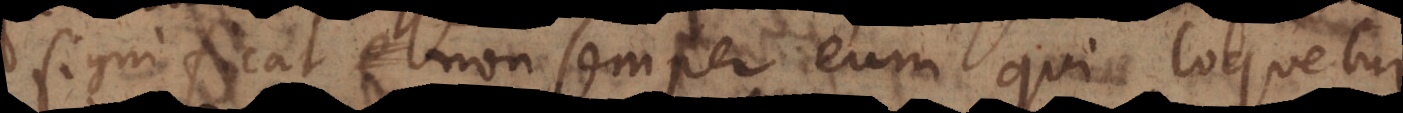
cat non semper eum qui loquetur,